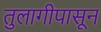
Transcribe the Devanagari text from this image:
तुलागीपासून